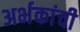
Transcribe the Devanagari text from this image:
अर्भकांची